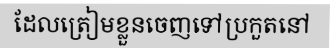
ដែលត្រៀមខ្លួនចេញទៅប្រកួតនៅ